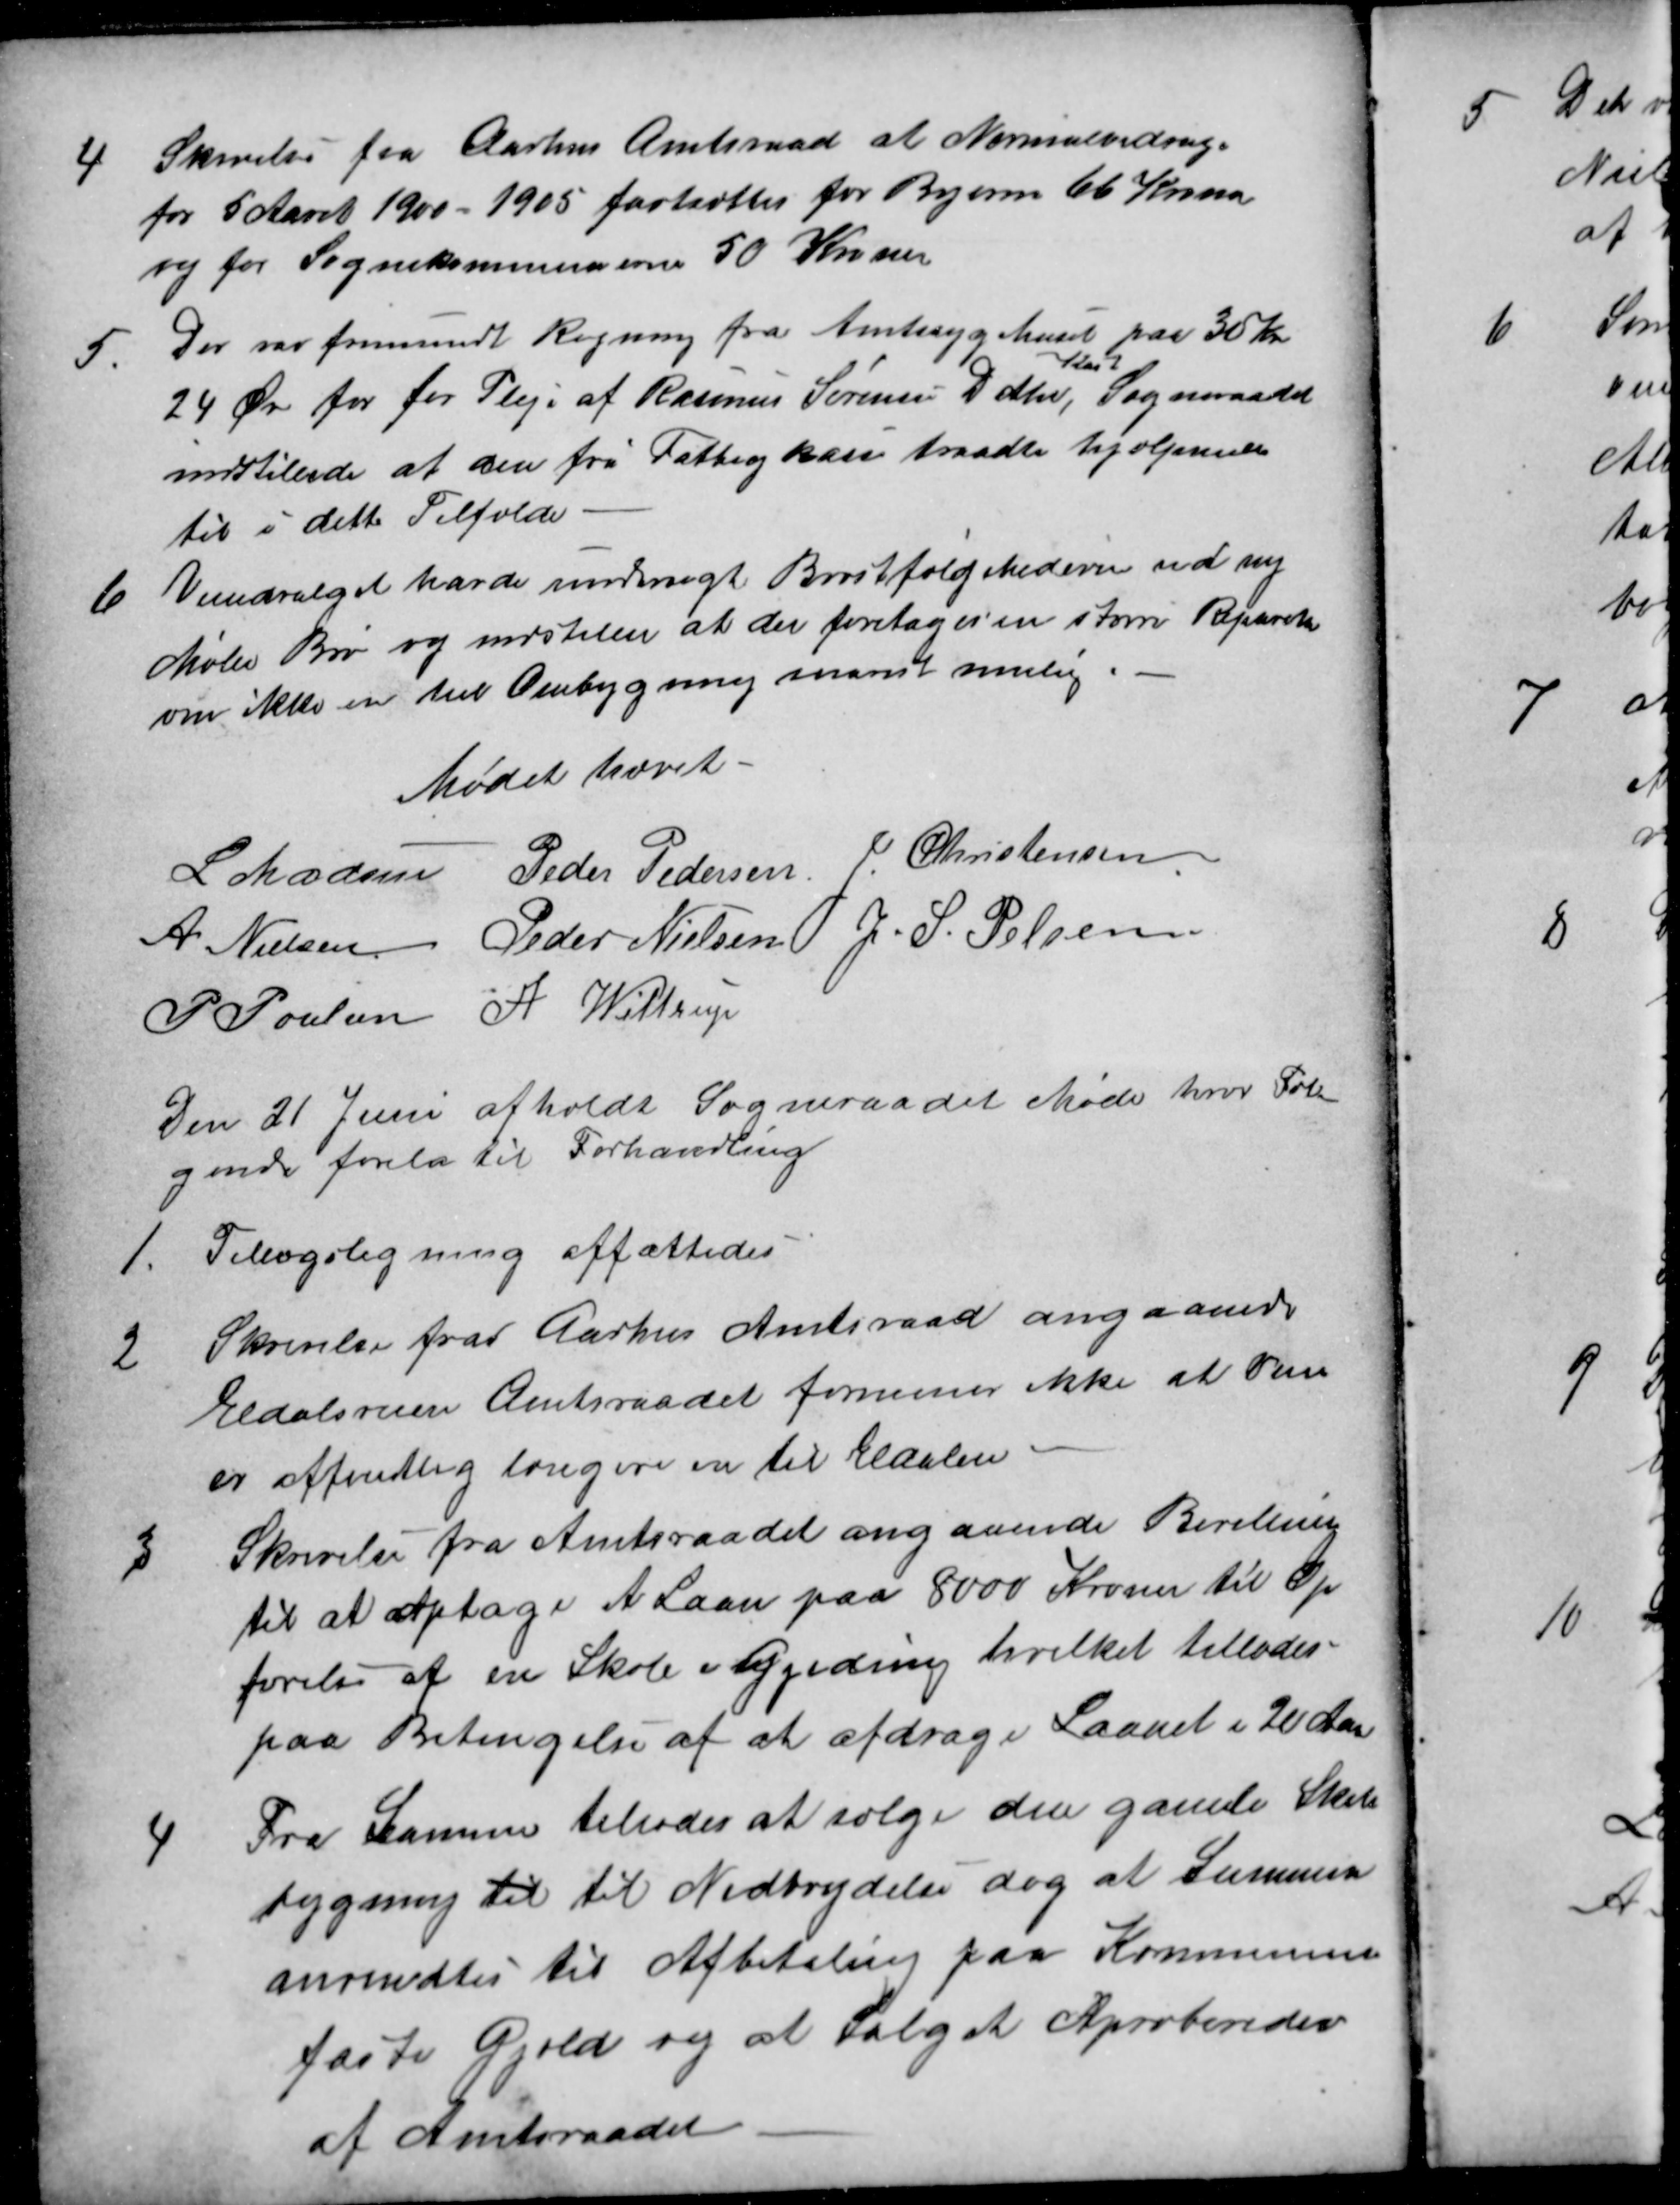
Transskription:
4
Skrivelse fra Aarhus Amtsraad at Normalbidrag.
for 5 Aaret 1900 - 1905 fastsættes for Byerne 66 Kroner
og for Sognekommunerne 50 Kroner
5.
Der var fremsendt Regning fra Amtssygehuset paa 30 Kr.
24 Øre for for Pleje af Rasmus Sørensens Datter, 
Kasted
Sogneraadet
indstillede at den fri Fattigkasse traadte hjælpende
til i dette Tilfælde
6
Veiudvalget havde undersøgt Brøstfældighederne ved ny
Mølle Bro og indstiller at der foretages en større Reparation
om ikke en hel Ombygning snarest mulig.
Mødet hævet.
L. Madsen Peder Pedersen J.Christensen
A. Nielsen Peder Nielsen  J. S. Pelsen
P Poulsen A Wittrup
Den 21 Juni afholdt Sogneraadet Møde hvor Føl-
gende forelå til Forhandling
1.
Tillægsligning affattedes
2
Skrivelse fra Aarhus Amtsraad angaaende
Eldalsveien Amtsraadet formener ikke at Den
er offentlig længere en til Eldalen
3
Skrivelse fra Amtsraadet angaaende Bevilling
til at optage et Laan paa 8000 Kroner til Op
førelse af en Skole i Gjeding hvilket tillodes
paa Betingelse af at afdrage Laanet i 20 Aar
4
Fra Samme tillodes at sælge den gamle Skole
bygning til til Nedbrydelse dog at Summen
anvendtes til Afbetaling paa Kommunens
faste Gjæld og at Salget Aproberedes
af Amtsraadet